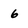
Character: 6